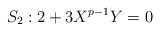
\begin{align*}S_2: 2+3X^{p-1}Y=0\end{align*}